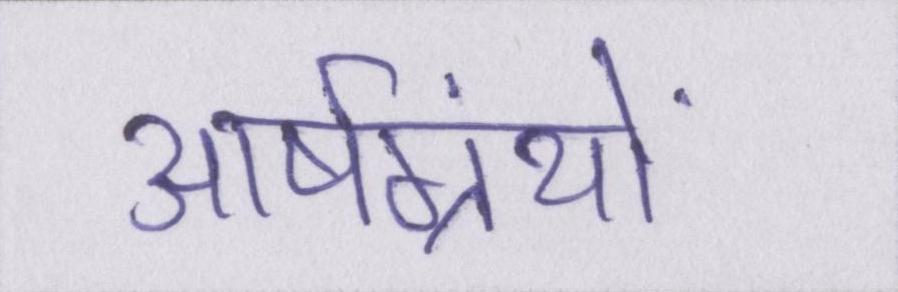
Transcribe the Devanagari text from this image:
आर्षग्रंथों